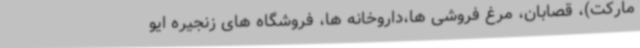
مارکت)، قصابان، مرغ فروشی ها،داروخانه ها، فروشگاه های زنجیره ایو